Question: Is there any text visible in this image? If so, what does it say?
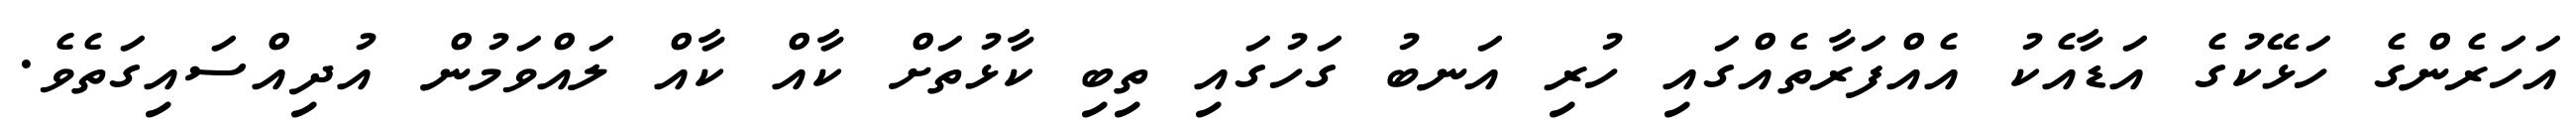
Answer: އަހަރެންގެ ހަޅޭކުގެ އަޑާއެކު އެއްފަރާތެއްގައި ހުރި އަނބު ގަހުގައި ތިބި ކާޅުތަށް ކާއް ކާއް ލައްވަމުން އުދިއްސައިގަތެވެ.